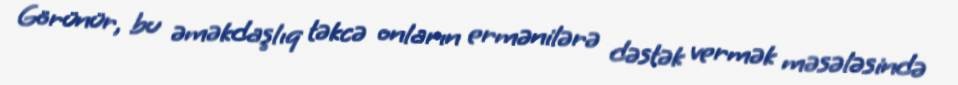
Görünür, bu əməkdaşlıq təkcə onların ermənilərə dəstək vermək məsələsində